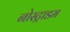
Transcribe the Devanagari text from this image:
नोस्ट्राडम